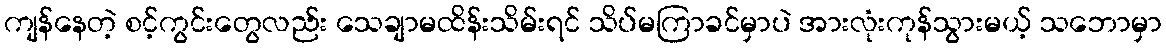
ကျန်နေတဲ့ စင့်ကွင်းတွေလည်း သေချာမထိန်းသိမ်းရင် သိပ်မကြာခင်မှာပဲ အားလုံးကုန်သွားမယ့် သဘောမှာ